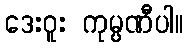
ဒေးဝူး ကုမ္ပဏီပါ။